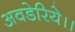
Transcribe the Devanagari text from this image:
अवडेरिये।।